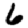
Digit: 6